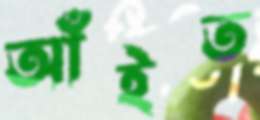
আঁইত